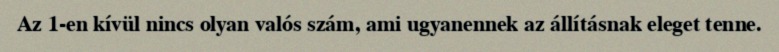
Az 1-en kívül nincs olyan valós szám, ami ugyanennek az állításnak eleget tenne.